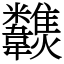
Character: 𩏶